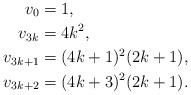
LaTeX: \begin{align*}v_0&=1 , \\v_{3k} &=4k^2 , \\v_{3k+1} &=(4k + 1)^2(2k + 1) , \\v_{3k+2} &=(4k +3)^2(2k + 1).\end{align*}